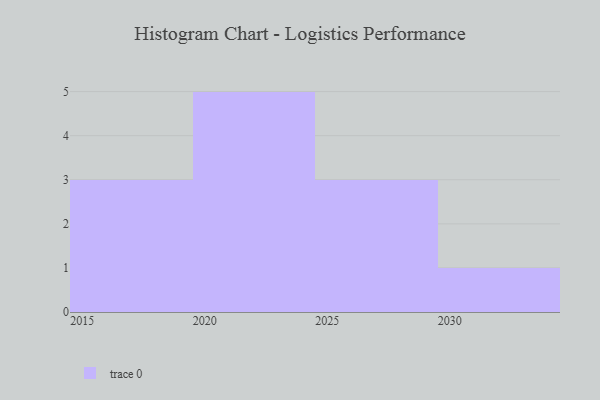
{"axis": {"x": "Year", "y": "Production Output"}, "legend": [""], "data": [{"x": "2026", "y": 1, "type": ""}, {"x": "2024", "y": 7, "type": ""}, {"x": "2021", "y": 62, "type": ""}, {"x": "2022", "y": 68, "type": ""}, {"x": "2023", "y": 90, "type": ""}, {"x": "2017", "y": 42, "type": ""}, {"x": "2027", "y": 45, "type": ""}, {"x": "2015", "y": 73, "type": ""}, {"x": "2020", "y": 99, "type": ""}, {"x": "2029", "y": 40, "type": ""}, {"x": "2030", "y": 38, "type": ""}, {"x": "2016", "y": 85, "type": ""}]}